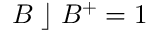
B \; \rfloor \; B ^ { + } = 1